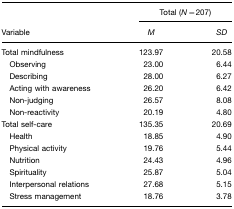
|  | <COLSPAN=2> Total (N=207) |
 | Variable | M | SD |
 | --- | --- | --- |
 | Total mindfulness | 123.97 | 20.58 |
 | Observing | 23.00 | 6.44 |
 | Describing | 28.00 | 6.27 |
 | Acting with awareness | 26.20 | 6.42 |
 | Non-judging | 26.57 | 8.08 |
 | Non-reactivity | 20.19 | 4.80 |
 | Total self-care | 135.35 | 20.69 |
 | Health | 18.85 | 4.90 |
 | Physical activity | 19.76 | 5.44 |
 | Nutrition | 24.43 | 4.96 |
 | Spirituality | 25.87 | 5.04 |
 | Interpersonal relations | 27.68 | 5.15 |
 | Stress management | 18.76 | 3.78 |